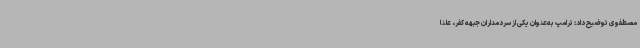
مصطفوی توضیح داد: ترامپ به‌عنوان یکی از سردمداران جبهه کفر، علناً